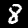
Label: 8